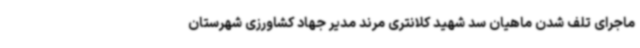
ماجرای تلف شدن ماهیان سد شهید کلانتری مرند مدیر جهاد کشاورزی شهرستان